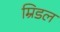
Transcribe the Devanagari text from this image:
म्रिडल